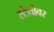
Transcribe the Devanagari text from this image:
स्टेथोवर